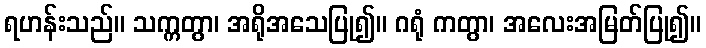
ရဟန်းသည်။ သက္ကတွာ၊ အရိုအသေပြု၍။ ဂရုံ ကတွာ၊ အလေးအမြတ်ပြု၍။